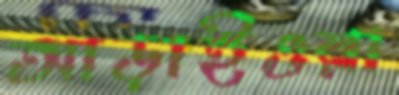
আড়াইওরা